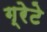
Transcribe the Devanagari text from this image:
ग्रेटे